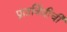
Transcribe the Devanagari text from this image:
प्रातर्विधीची